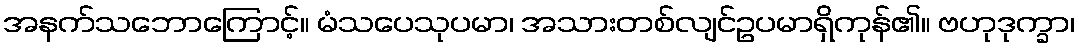
အနက်သဘောကြောင့်။ မံသပေသုပမာ၊ အသားတစ်လျင်ဥပမာရှိကုန်၏။ ဗဟုဒုက္ခာ၊